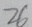
2 6